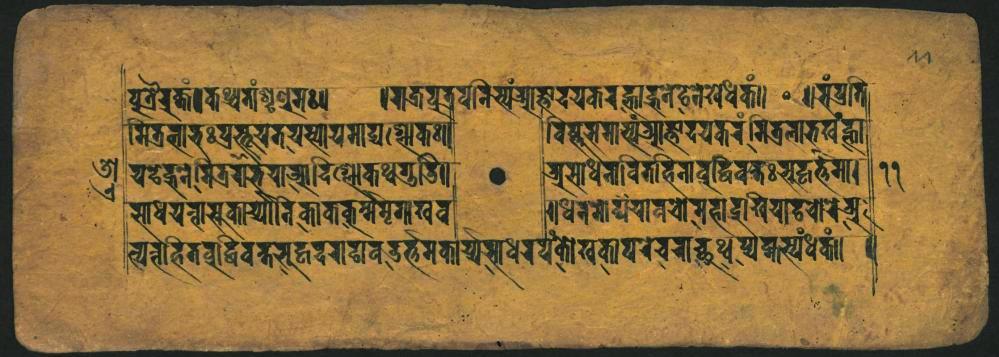
𑐥𑐸𑐟𑑂𑐬𑐿𑐬𑐎𑑂𑐟𑑄𑑋𑐎𑐠𑑂𑐫𑐟𑐵𑑄𑐱𑐺𑐞𑑂𑐬𑐸𑐩𑑅𑑋 𑐩𑐶𑐟𑑂𑐬𑑂𑐵𑐨𑐸𑑅𑐥𑑂𑐬𑐨𑐹𑐫𑐟𑐫𑑂𑐳𑑂𑐫𑐵𑐫𑐩𑐵𑐡𑑂𑐫𑐱𑑂𑐮𑑀𑐎𑑅𑑌 𑐫𑐡𑐾𑑂𑐢𑐣𑑄𑑋𑐩𑐟𑑂𑐬𑐳𑑄𑐨𑐫𑐵𑐁𑐡𑐶𑐱𑑀𑐎𑐠𑐐𑐸𑐜𑐶𑑌 𑐳𑐵𑐢𑐫𑐣𑑂𑐣𑐵𑐳𑐸𑐎𑐵𑐬𑑂𑐫𑑂𑐫𑐵𑐣𑐶𑐎𑐵𑐎𑐎𑐬𑑂𑐩𑑂𑐩𑐿𑐩𑐺𑐐𑐏𑐰 𑐟𑑂𑐫𑐟𑑂𑐰𑐴𑐶𑐟𑐧𑐸𑐡𑑂𑐢𑐶𑐰𑐎𑑂𑐲𑐳𑐸𑐴𑑂𑐰𑐡𑐬𑐐𑐡𑐵𑐰𑐡𑑁𑐬𑐟𑑂𑐟𑑄𑐩𑐎𑐵𑐥𑑂𑐫𑐳𑐵𑐢𑐬𑑂𑐫𑑂𑐫𑐎𑐟𑑀𑐏𑐎𑐵𑐥𑐬𑐾𑐔𑐬𑐵𑐔𑑂𑐕𑐸𑐠𑐥𑑂𑐫𑐥𑑂𑐎𑐳𑑂𑐫𑑄𑐢𑐎𑑄𑑌𑑌